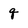
Character: q